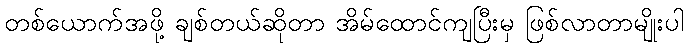
တစ်ယောက်အဖို့ ချစ်တယ်ဆိုတာ အိမ်ထောင်ကျပြီးမှ ဖြစ်လာတာမျိုးပါ